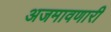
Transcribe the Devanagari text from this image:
अजमावणारी